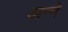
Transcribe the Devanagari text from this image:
अन्‍ने